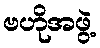
ဗဟိုအဖွဲ့